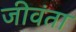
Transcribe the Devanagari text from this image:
जीवंता